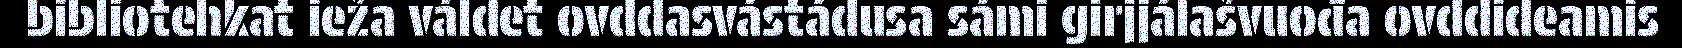
bibliotehkat ieža váldet ovddasvástádusa sámi girjjálašvuođa ovddideamis